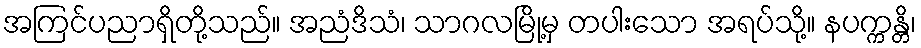
အကြင်ပညာရှိတို့သည်။ အညံဒိသံ၊ သာဂလမြို့မှ တပါးသော အရပ်သို့။ နပက္ကန္တိ၊